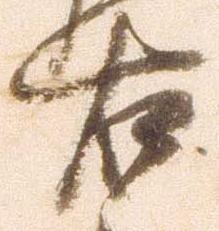
右